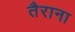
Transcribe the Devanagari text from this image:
तैराना